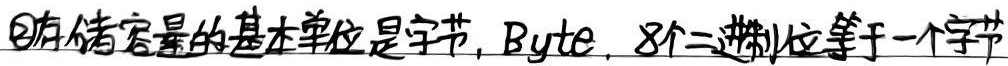
\textcircled{2}存储容量的基本单位是字节，Byte，8个二进制位等于一个字节